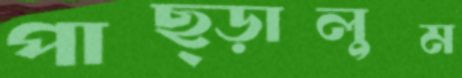
পাছ্‌ড়ালুম